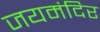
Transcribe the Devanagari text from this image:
जयमंदिर